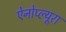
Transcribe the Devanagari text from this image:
ऐनोप्ल्यूरा